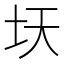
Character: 𫭛